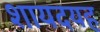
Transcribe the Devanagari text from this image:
शायदयह